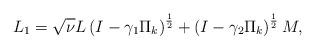
LaTeX: \begin{align*}L_1 = \sqrt{\nu}L \left(I-\gamma_1\Pi_k\right)^{\frac 1 2} +\left(I-\gamma_2\Pi_k \right)^{\frac 1 2} M,\end{align*}